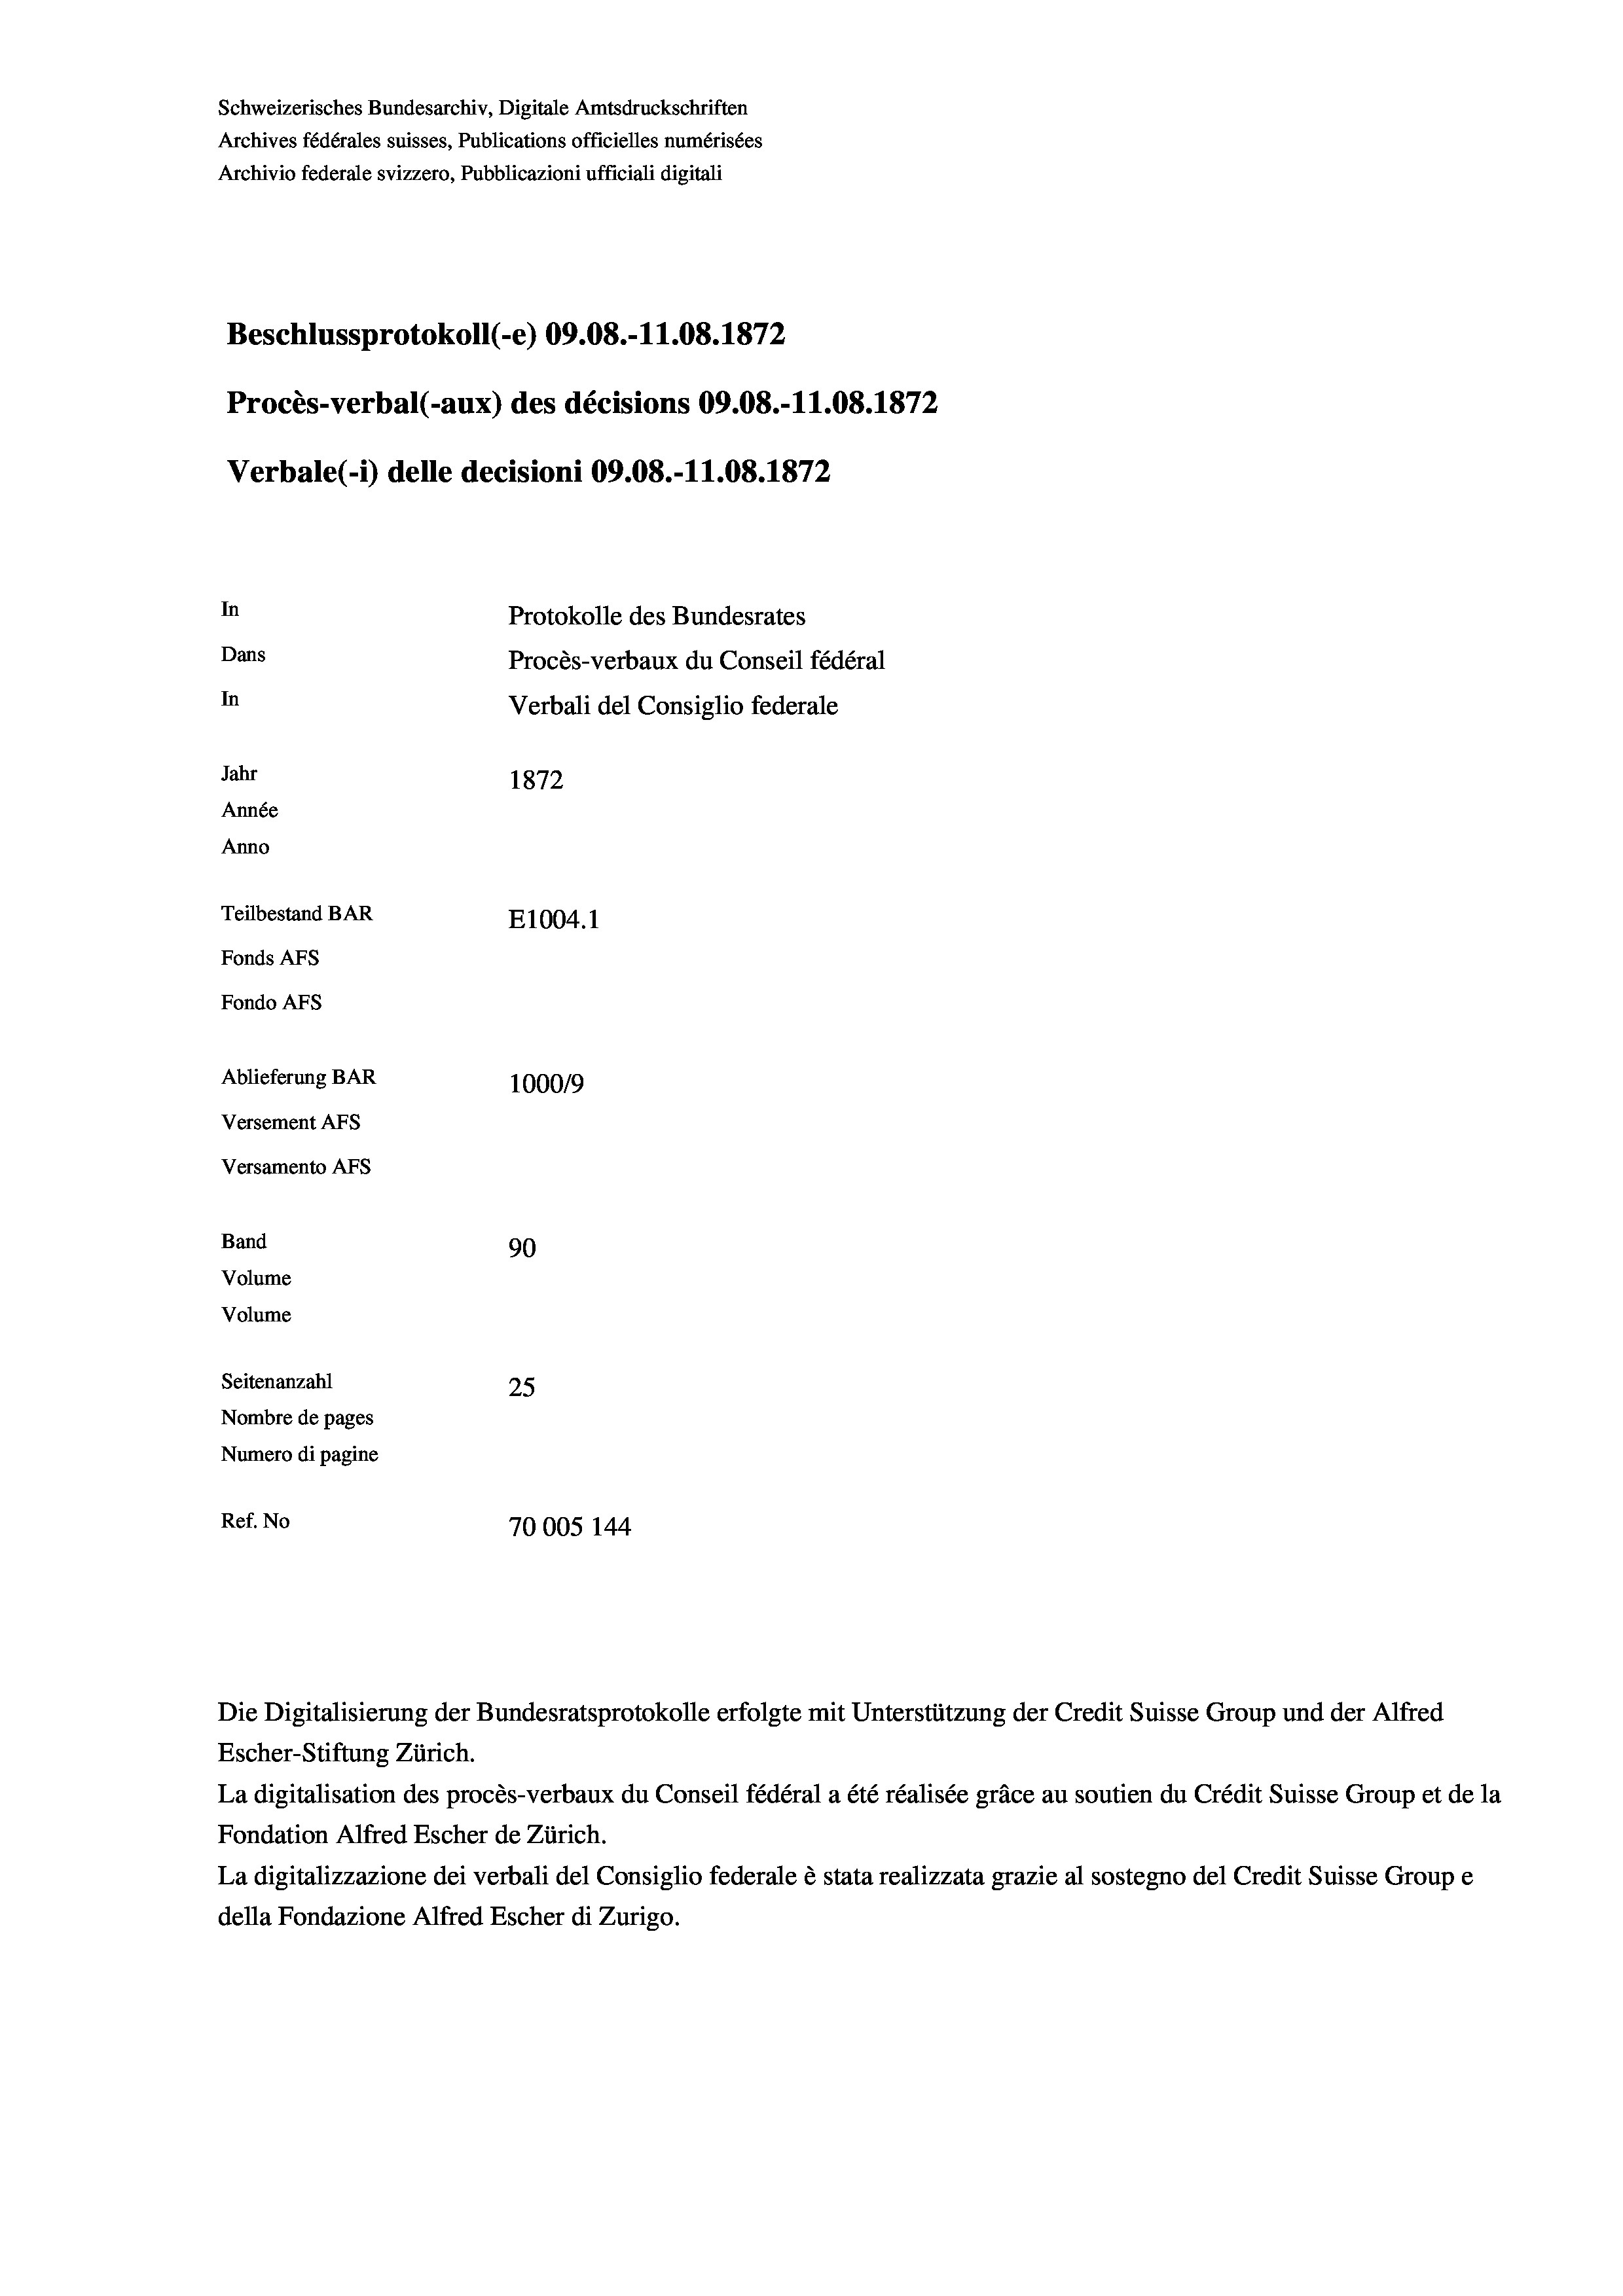
Beschlussprotokoll (-e) 09.08.-11.08. 1872
Procès-verbal (-aux) des décisions 09.08.-11.08. 1872
In
Protokolle des Bundesrates
Dans
Procès-verbaux du Conseil fédéral
In
Verbali del Consiglio federale
Jahr
1872
Année
Anno
Teilbestand BAR
E1004. 1
Fonds AFs
Fondo Afs

Schweizerisches Bundesarchiv, Digitale Amtsdruckschriften
Archives fédérales suisses, Publications officielles numérisées
Archivio federale svizzero, Pubblicazioni ufficiali digitali

Ablieferung BAR
Versement AFs
Versamento AFs
Band
Volume
Volume
Seitenanzahl

Verbale (- 1) delle decisioni 09.08.-11.08. 1872

100019
90
25
Nombre de pages
Numero di pagine
Ref. No
70005 144

Escher-Stiftung Zürich.
La digitalisation des procès-verbaux du Conseil fédéral a été réalisée gräce au soutien du Crédit Suisse Group et de la
Fondation Alfred Escher de Zürich.
La digitalizzazione dei verbali del Consiglio federale è stata realizzata grazie al sostegno del Credit Suisse Groupe
della Fondazione Alfred Escher di Zurigo.

Die Digitalisierung der Bundesratsprotokolle erfolgte mit Unterstützung der Credit Suisse Group und der Alfred